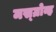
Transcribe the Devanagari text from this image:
मस्ग्रोव्ह